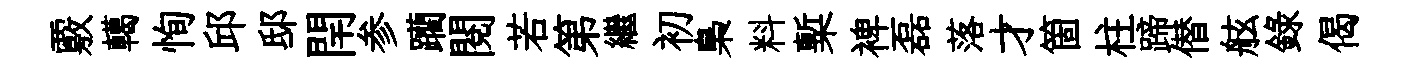
覈轕恂邱邸閈参躪閲若第繼初梟料槧裨磊落才箇柱蹄僣舷録偈